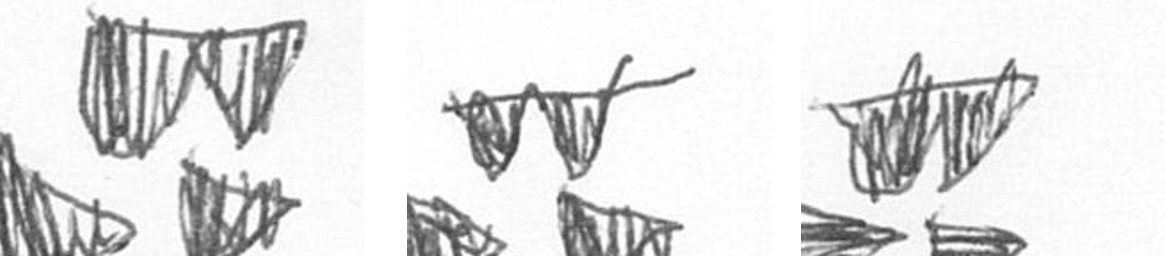
B B B